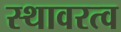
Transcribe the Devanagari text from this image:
स्थावरत्व